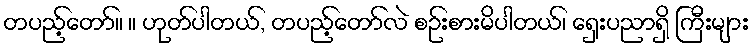
တပည့်တော်။ ။ ဟုတ်ပါတယ်, တပည့်တော်လဲ စဉ်းစားမိပါတယ်၊ ရှေးပညာရှိ ကြီးများ